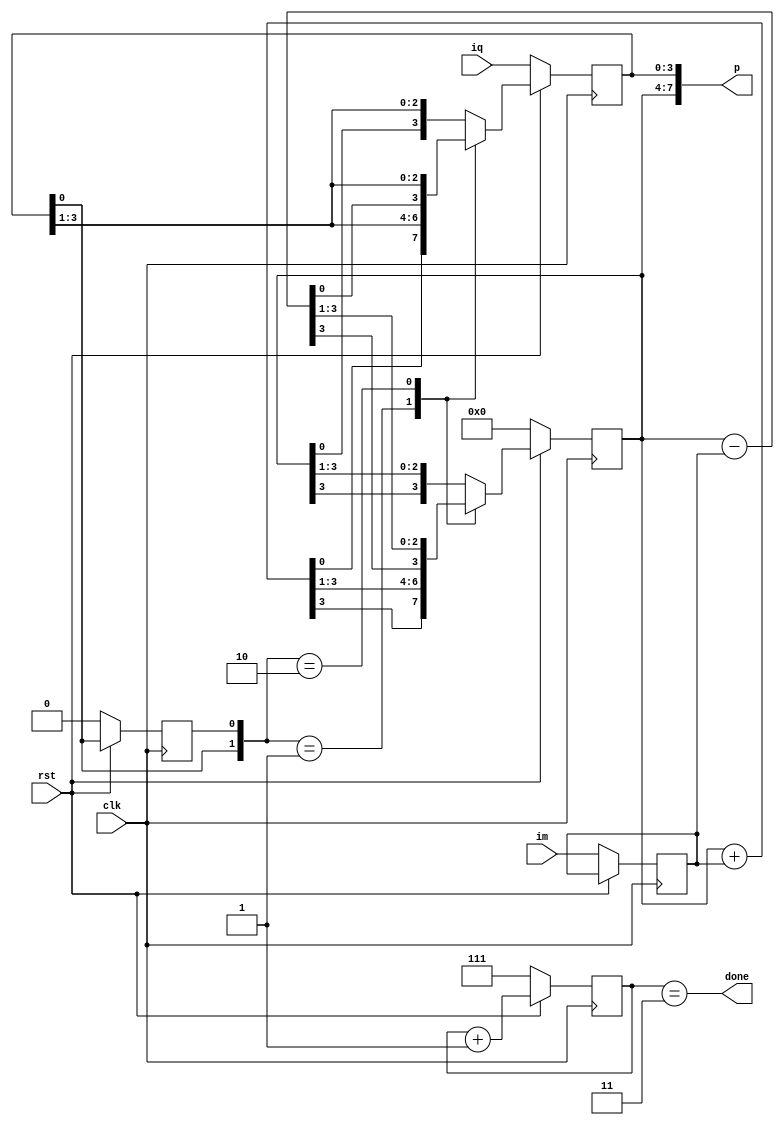
module Booth_Mult #(parameter Nb=2,n=2**Nb,m=2*n)(
input clk,rst,
input [n-1:0]im,iq,
output done,
output [m-1:0]p
);

reg [Nb:0]count;
reg [n-1:0]A,Q,M;
reg Q0;
wire [n-1:0]sum,diff;

always @(posedge clk) begin
    if(!rst) begin
        A <= {n{1'b0}};
        Q <= iq;
        M <= im;
        Q0 <= 1'b0;
        count <= {(Nb+1){1'b1}};
    end
    else begin
        case({Q[0],Q0})
            2'b01 : {A,Q,Q0} <= {sum[n-1],sum,Q};
            2'b10 : {A,Q,Q0} <= {diff[n-1],diff,Q};
            default : {A,Q,Q0} <= {A[n-1],A,Q};
        endcase
        count <= count + 1'b1;
    end
end
assign sum = A + M;
assign diff = A - M;
assign p = {A,Q};
assign done = (count == {Nb{1'b1}});

endmodule